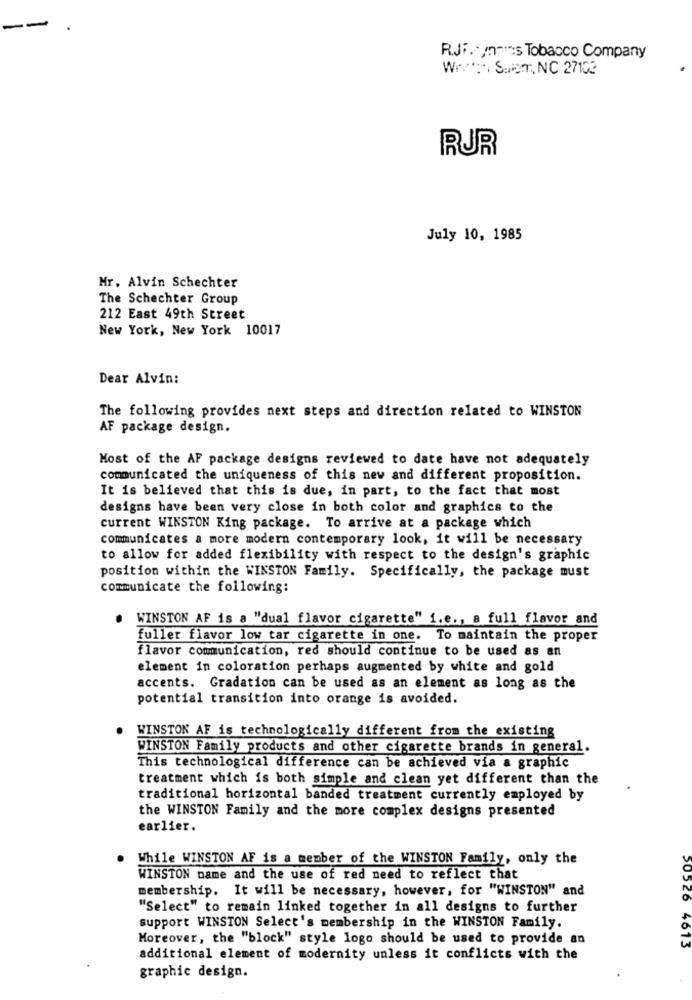
--
RJF. /mes Tobacco Company
Wr.': SuiST, NC 27102
RUR
July 10, 1985
Mr. Alvin Schechter
The Schechter Group
212 East 49th Street
New York, New York 10017
Dear Alvin:
The following provides next steps and direction related to WINSTON
AF package design.
Most of the AF package designs reviewed to date have not adequately
communicated the uniqueness of this new and different proposition.
It is believed that this is due, in part, to the fact that most
designs have been very close in both color and graphics to the
current WINSTON King package. To arrive at a package which
communicates a more modern contemporary look, it will be necessary
to allow for added flexibility with respect to the design's graphic
position within the WINSTON Family. Specifically, the package must
communicate the following:
WINSTON AF is a "dual flavor cigarette" i.e ., a full flavor and
fuller flavor low tar cigarette in one. To maintain the proper
flavor communication, red should continue to be used as an
element in coloration perhaps augmented by white and gold
accents. Gradation can be used as an element as long as the
potential transition into orange is avoided.
WINSTON AF is technologically different from the existing
WINSTON Family products and other cigarette brands in general.
This technological difference can be achieved via a graphic
treatment which is both simple and clean yet different than the
traditional horizontal banded treatment currently employed by
the WINSTON Family and the more complex designs presented
earlier.
While WINSTON AF is a member of the WINSTON Family, only the
WINSTON name and the use of red need to reflect that
membership. It will be necessary, however, for "WINSTON" and
"Select" to remain linked together in all designs to further
support WINSTON Select's membership in the WINSTON Family.
Moreover, the "block" style logo should be used to provide an
50526 4613
additional element of modernity unless it conflicts with the
graphic design.